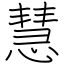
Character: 慧